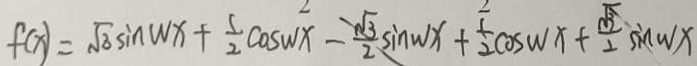
f _ { ( x ) } = \sqrt { 3 } \sin w x + \frac { 1 } { 2 } \cos x - \frac { \sqrt { 3 } } { 2 } \sin w x + \frac { 1 } { 2 } \cos w x + \frac { \sqrt { 3 } } { 2 } \sin w x